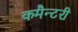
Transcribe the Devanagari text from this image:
कमैन्टरी